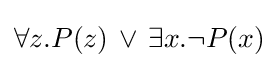
\forall z.P(z)\,\lor \,\exists x.\neg P(x)